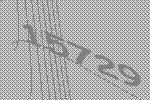
15729